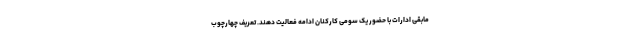
مابقی ادارات با حضور یک سومی کارکنان ادامه فعالیت دهند. تعریف چهارچوب